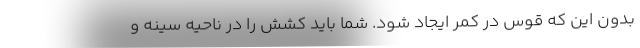
بدون این که قوس در کمر ایجاد شود. شما باید کشش را در ناحیه سینه و